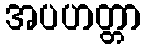
အပဟတ္တာ